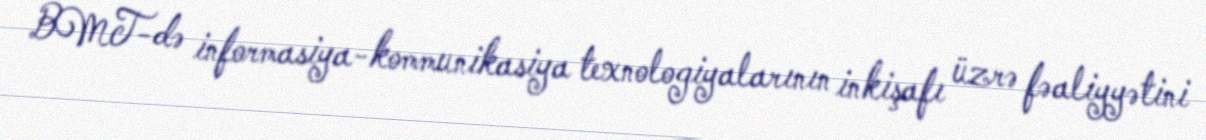
BMT-də informasiya-kommunikasiya texnologiyalarının inkişafı üzrə fəaliyyətini